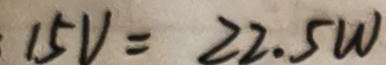
1 5 V = 2 2 . 5 W